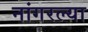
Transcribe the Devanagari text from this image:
नांगरल्या